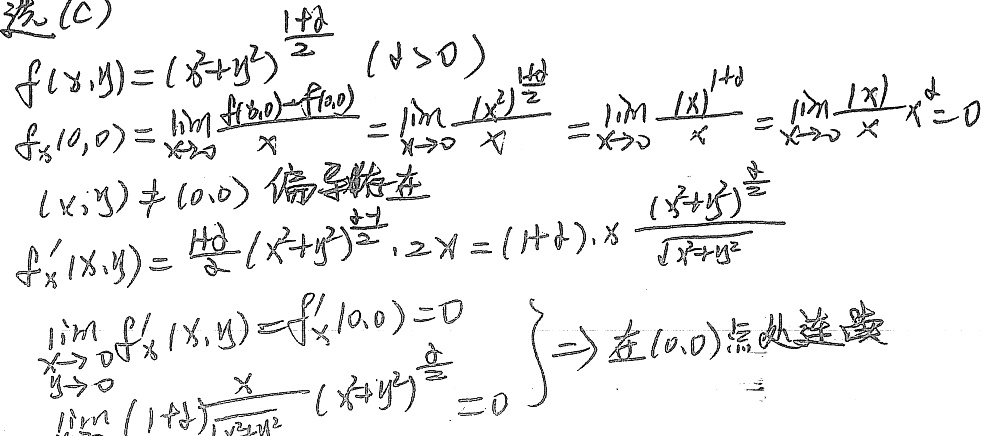
选\(\textcircled{C}\)

\[
\begin{align*}
&f(x,y)=(x^{2}+y^{2})^{\frac{1 + \delta}{2}}(\delta>0)\\
&f_{x}(0,0)=\lim_{x \to 0}\frac{f(x,0)-f(0,0)}{x}=\lim_{x \to 0}\frac{(x^{2})^{\frac{1+\delta}{2}}}{x}=\lim_{x \to 0}\frac{|x|^{1+\delta}}{x}=\lim_{x \to 0}\frac{|x|}{x}x^{\delta}=0\\
&当(x,y)\neq(0,0)时，偏导数存在\\
&f_{x}'(x,y)=\frac{1 + \delta}{2}(x^{2}+y^{2})^{\frac{\delta - 1}{2}}\cdot2x=(1 + \delta)\cdot x\frac{(x^{2}+y^{2})^{\frac{\delta}{2}}}{\sqrt{x^{2}+y^{2}}}\\
&\lim_{\substack{x \to 0\\y \to 0}}f_{x}'(x,y)=f_{x}'(0,0)=0\\
&\lim_{\substack{x \to 0\\y \to 0}}(1 + \delta)\frac{x}{\sqrt{x^{2}+y^{2}}}(x^{2}+y^{2})^{\frac{\delta}{2}} = 0\quad\Rightarrow 在(0,0)点处连续
\end{align*}
\]